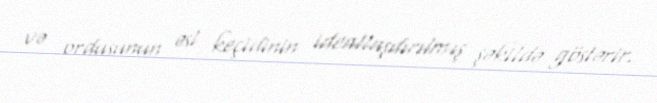
və ordusunun əsl keçidinin ideallaşdırılmış şəkildə göstərir.